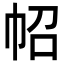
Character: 𢁾